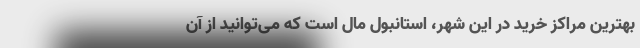
بهترین مراکز خرید در این شهر، استانبول مال است که می‌توانید از آن